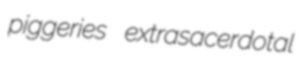
piggeries extrasacerdotal